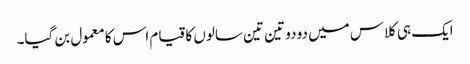
ایک ہی کلاس میں دو دو تین تین سالوں کا قیام اس کا معمول بن گیا۔